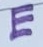
Text: E